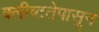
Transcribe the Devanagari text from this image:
क्लीष्टतेपासून